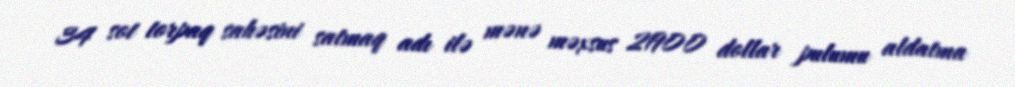
34 sot torpaq sahəsini satmaq adı ilə mənə məxsus 21900 dollar pulumu aldatma